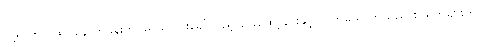
သို့ရာတွင် ဆိုင်နောက်ခန်းတွင်မူ ယူဂျင်းခေါ်သည့် ခြေထော့နင်းနှင့် လူတယောက်သည် စာရွက်များကို